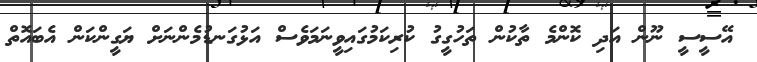
އޭސީސީ ނޫން އަދި ކޮންމެ ތާކުން ތަހުގީގު ކުރިކަމުގައިވީނަމަވެސް އަޅުގަނޑުމެންނަށް ޔަގީންކަން އެބައޮތް